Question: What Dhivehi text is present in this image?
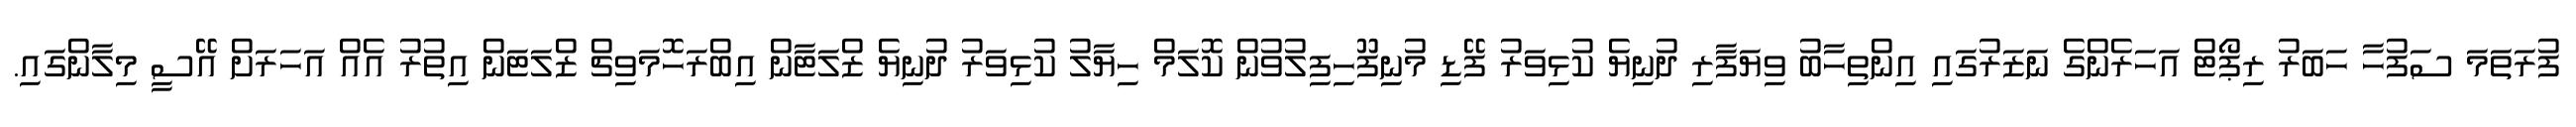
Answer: ފުރަތަމަ ސަފުހާ ހަބަރު ރިޕޯޓް އަހަރެންގެ ނަޒަރުގައި އިންތިހާބު ވިޔަފާރި ދުނިޔެ ކުޅިވަރު ފޭޑި މުނިފޫހިފިލުވުން ކޮލަމް ހިޔާލު ކުޅިވަރު ދުނިޔެ ޒްލަޓާން އިބްރަހޮމަވިޗް ޒްލަޓަން އިތުރު އެއް އަހަރަށް އޭސީ މިލާންގައި.